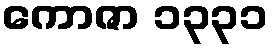
ကောဇာ ၁၃၃၁